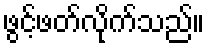
ဖွင့်ဖတ်လိုက်သည်။